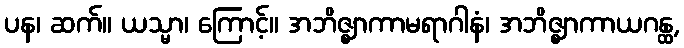
ပန၊ ဆက်။ ယသ္မာ၊ ကြောင့်။ အဘိဇ္ဈာကာမရာဂါနံ၊ အဘိဇ္ဈာကာယဂန္ထ,